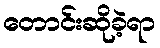
တောင်းဆိုခဲ့ရာ